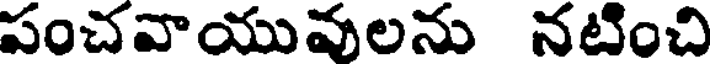
పంచవాయువులను నటించి